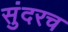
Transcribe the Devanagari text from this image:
सुंदरच